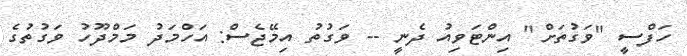
ހަފްސީ "ވަގުތަށް" އިންޓަވިއު ދެނީ -- ވަގުތު އިމޭޖެސް: އަހްމަދު މަމްދޫހު ވަގުތުގެ